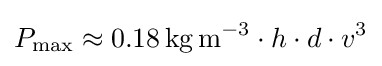
P_{\mathrm {max} }\approx 0.18\,\mathrm {kg\,m^{-3}} \cdot h\cdot d\cdot v^{3}